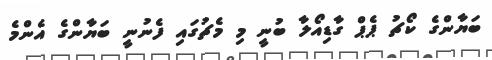
ބަޔާންގެ ކޯޗު ޕެޕް ގާޑިއޯލާ ބުނީ މި މެޗުގައި ފެނުނީ ބަޔާންގެ އެންމެ